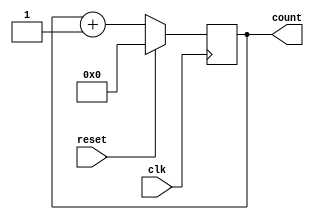
module Counter
(
	clk, 
	reset, 
	count
);
parameter width = 32;
output reg [width-1:0] count = 0;
input clk;
input reset;

always @ (posedge clk) begin
	if(reset) begin
		count = 0;
	end
	else begin
		count = count + 1;
	end
end

endmodule